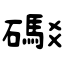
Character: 礟